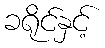
ခရိုင်နှင့်